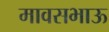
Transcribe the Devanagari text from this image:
मावसभाऊ